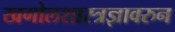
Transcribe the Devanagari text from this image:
खगोलशास्त्रज्ञावरुन